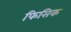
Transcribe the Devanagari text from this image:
फिसिक